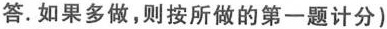
答。如果多做，则按所做的第一题计分)